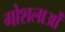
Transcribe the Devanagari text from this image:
गोशलाओं